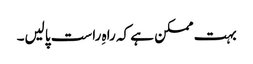
بہت ممکن ہے کہ راہِ راست پالیں۔